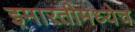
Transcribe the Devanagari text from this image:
इमारतीमध्येच